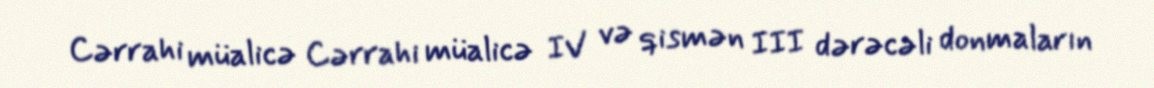
Cərrahi müalicə Cərrahi müalicə IV və qismən III dərəcəli donmaların